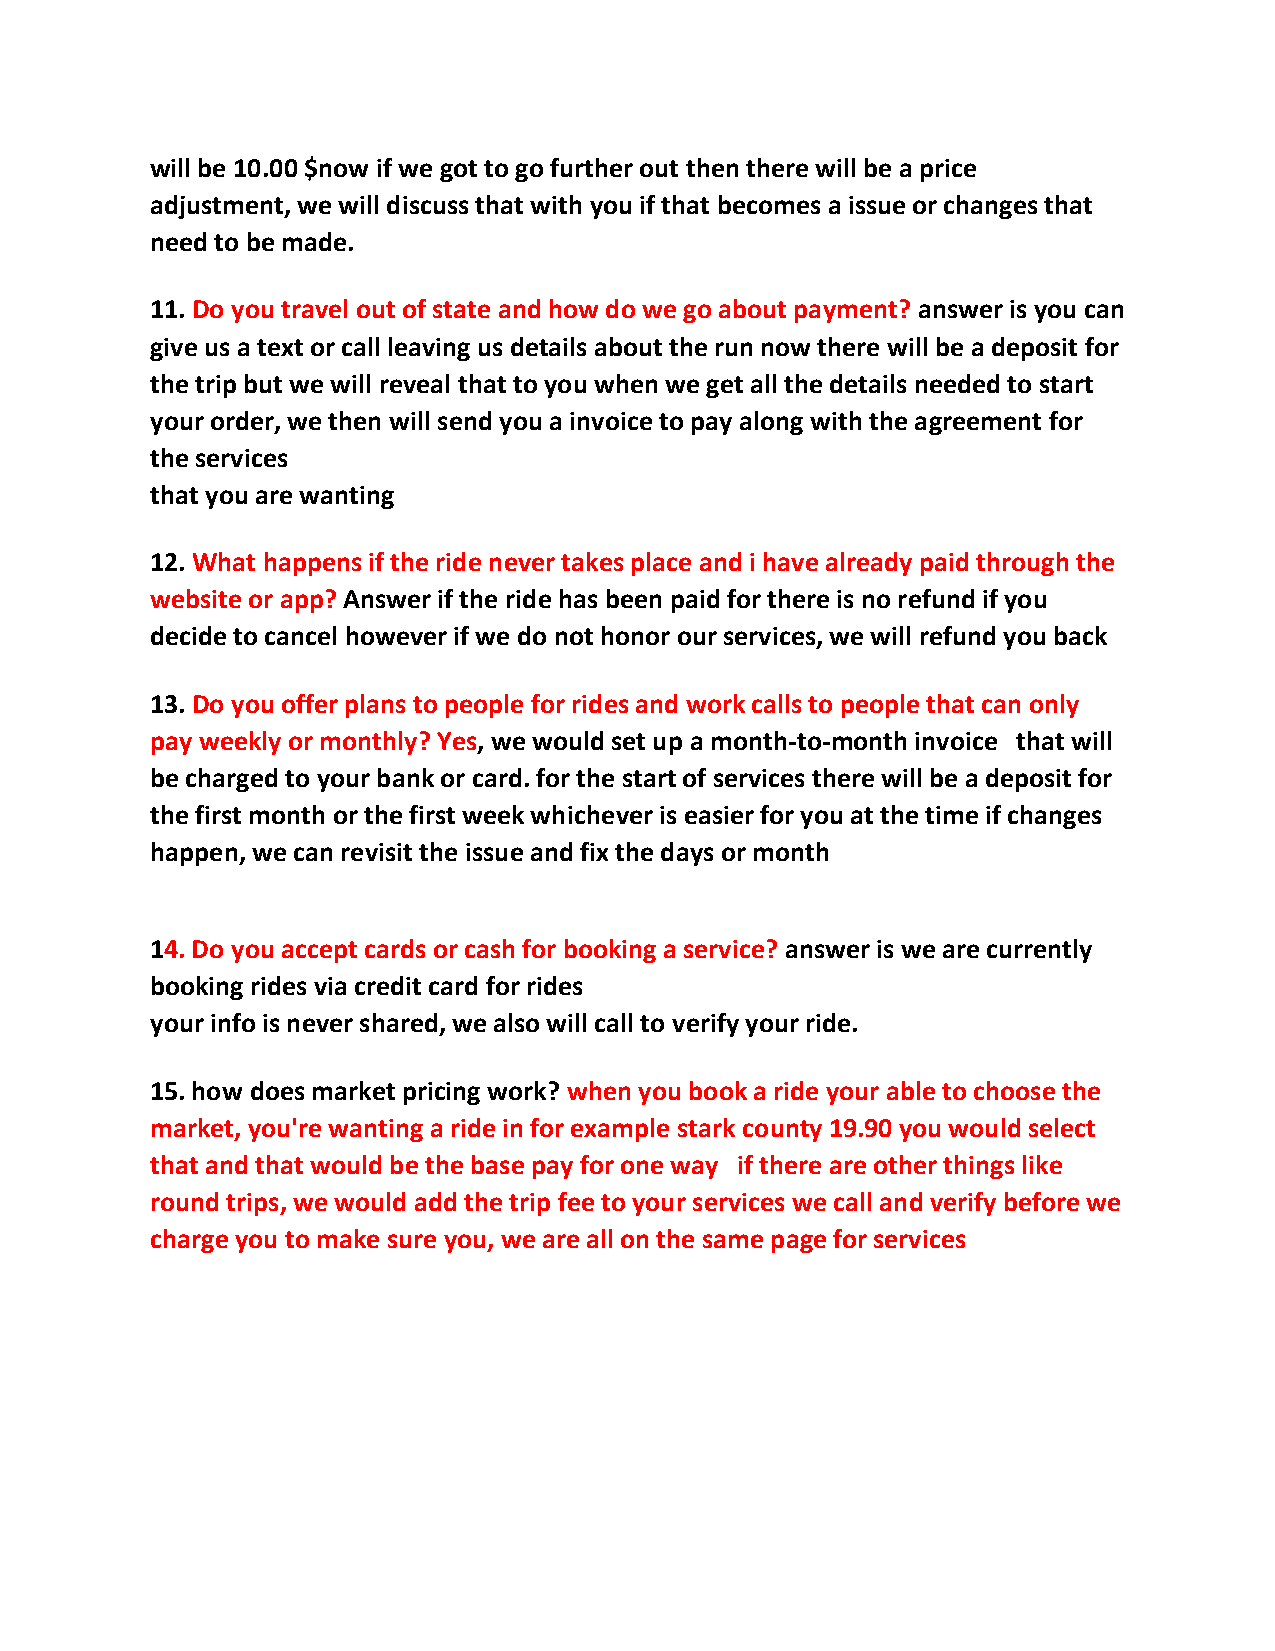
will be 10.00 $now if we got to go further out then there will be a price
 adjustment, we will discuss that with you if that becomes a issue or changes that
 need to be made.
 11. Do you travel out of state and how do we go about payment? answer is you can
 give us a text or call leaving us details about the run now there will be a deposit for
 the trip but we will reveal that to you when we get all the details needed to start
 your order, we then will send you a invoice to pay along with the agreement for
 the services
 that you are wanting
 12. What happens if the ride never takes place and i have already paid through the
 website or app? Answer if the ride has been paid for there is no refund if you
 decide to cancel however if we do not honor our services, we will refund you back
 13. Do you offer plans to people for rides and work calls to people that can only
 pay weekly or monthly? Yes, we would set up a month-to-month invoice that will
 be charged to your bank or card. for the start of services there will be a deposit for
 the first month or the first week whichever is easier for you at the time if changes
 happen, we can revisit the issue and fix the days or month
 14. Do you accept cards or cash for booking a service? answer is we are currently
 booking rides via credit card for rides
 your info is never shared, we also will call to verify your ride.
 15. how does market pricing work? when you book a ride your able to choose the
 market, you're wanting a ride in for example stark county 19.90 you would select
 that and that would be the base pay for one way if there are other things like
 round trips, we would add the trip fee to your services we call and verify before we
 charge you to make sure you, we are all on the same page for services